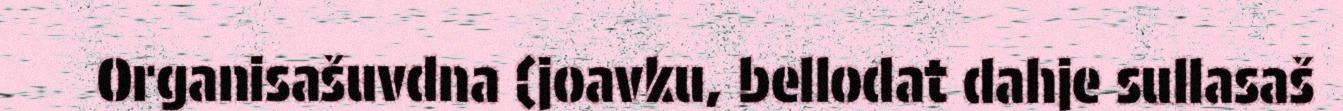
Organisašuvdna (joavku, bellodat dahje sullasaš